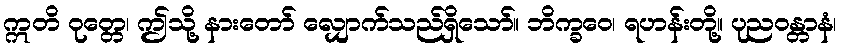
ဣတိ ဝုတ္တေ၊ ဤသို့ နားတော် လျှောက်သည်ရှိသော်။ ဘိက္ခဝေ၊ ရဟန်းတို့။ ပုညဝန္တာနံ၊